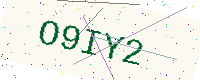
Text: O9IY2